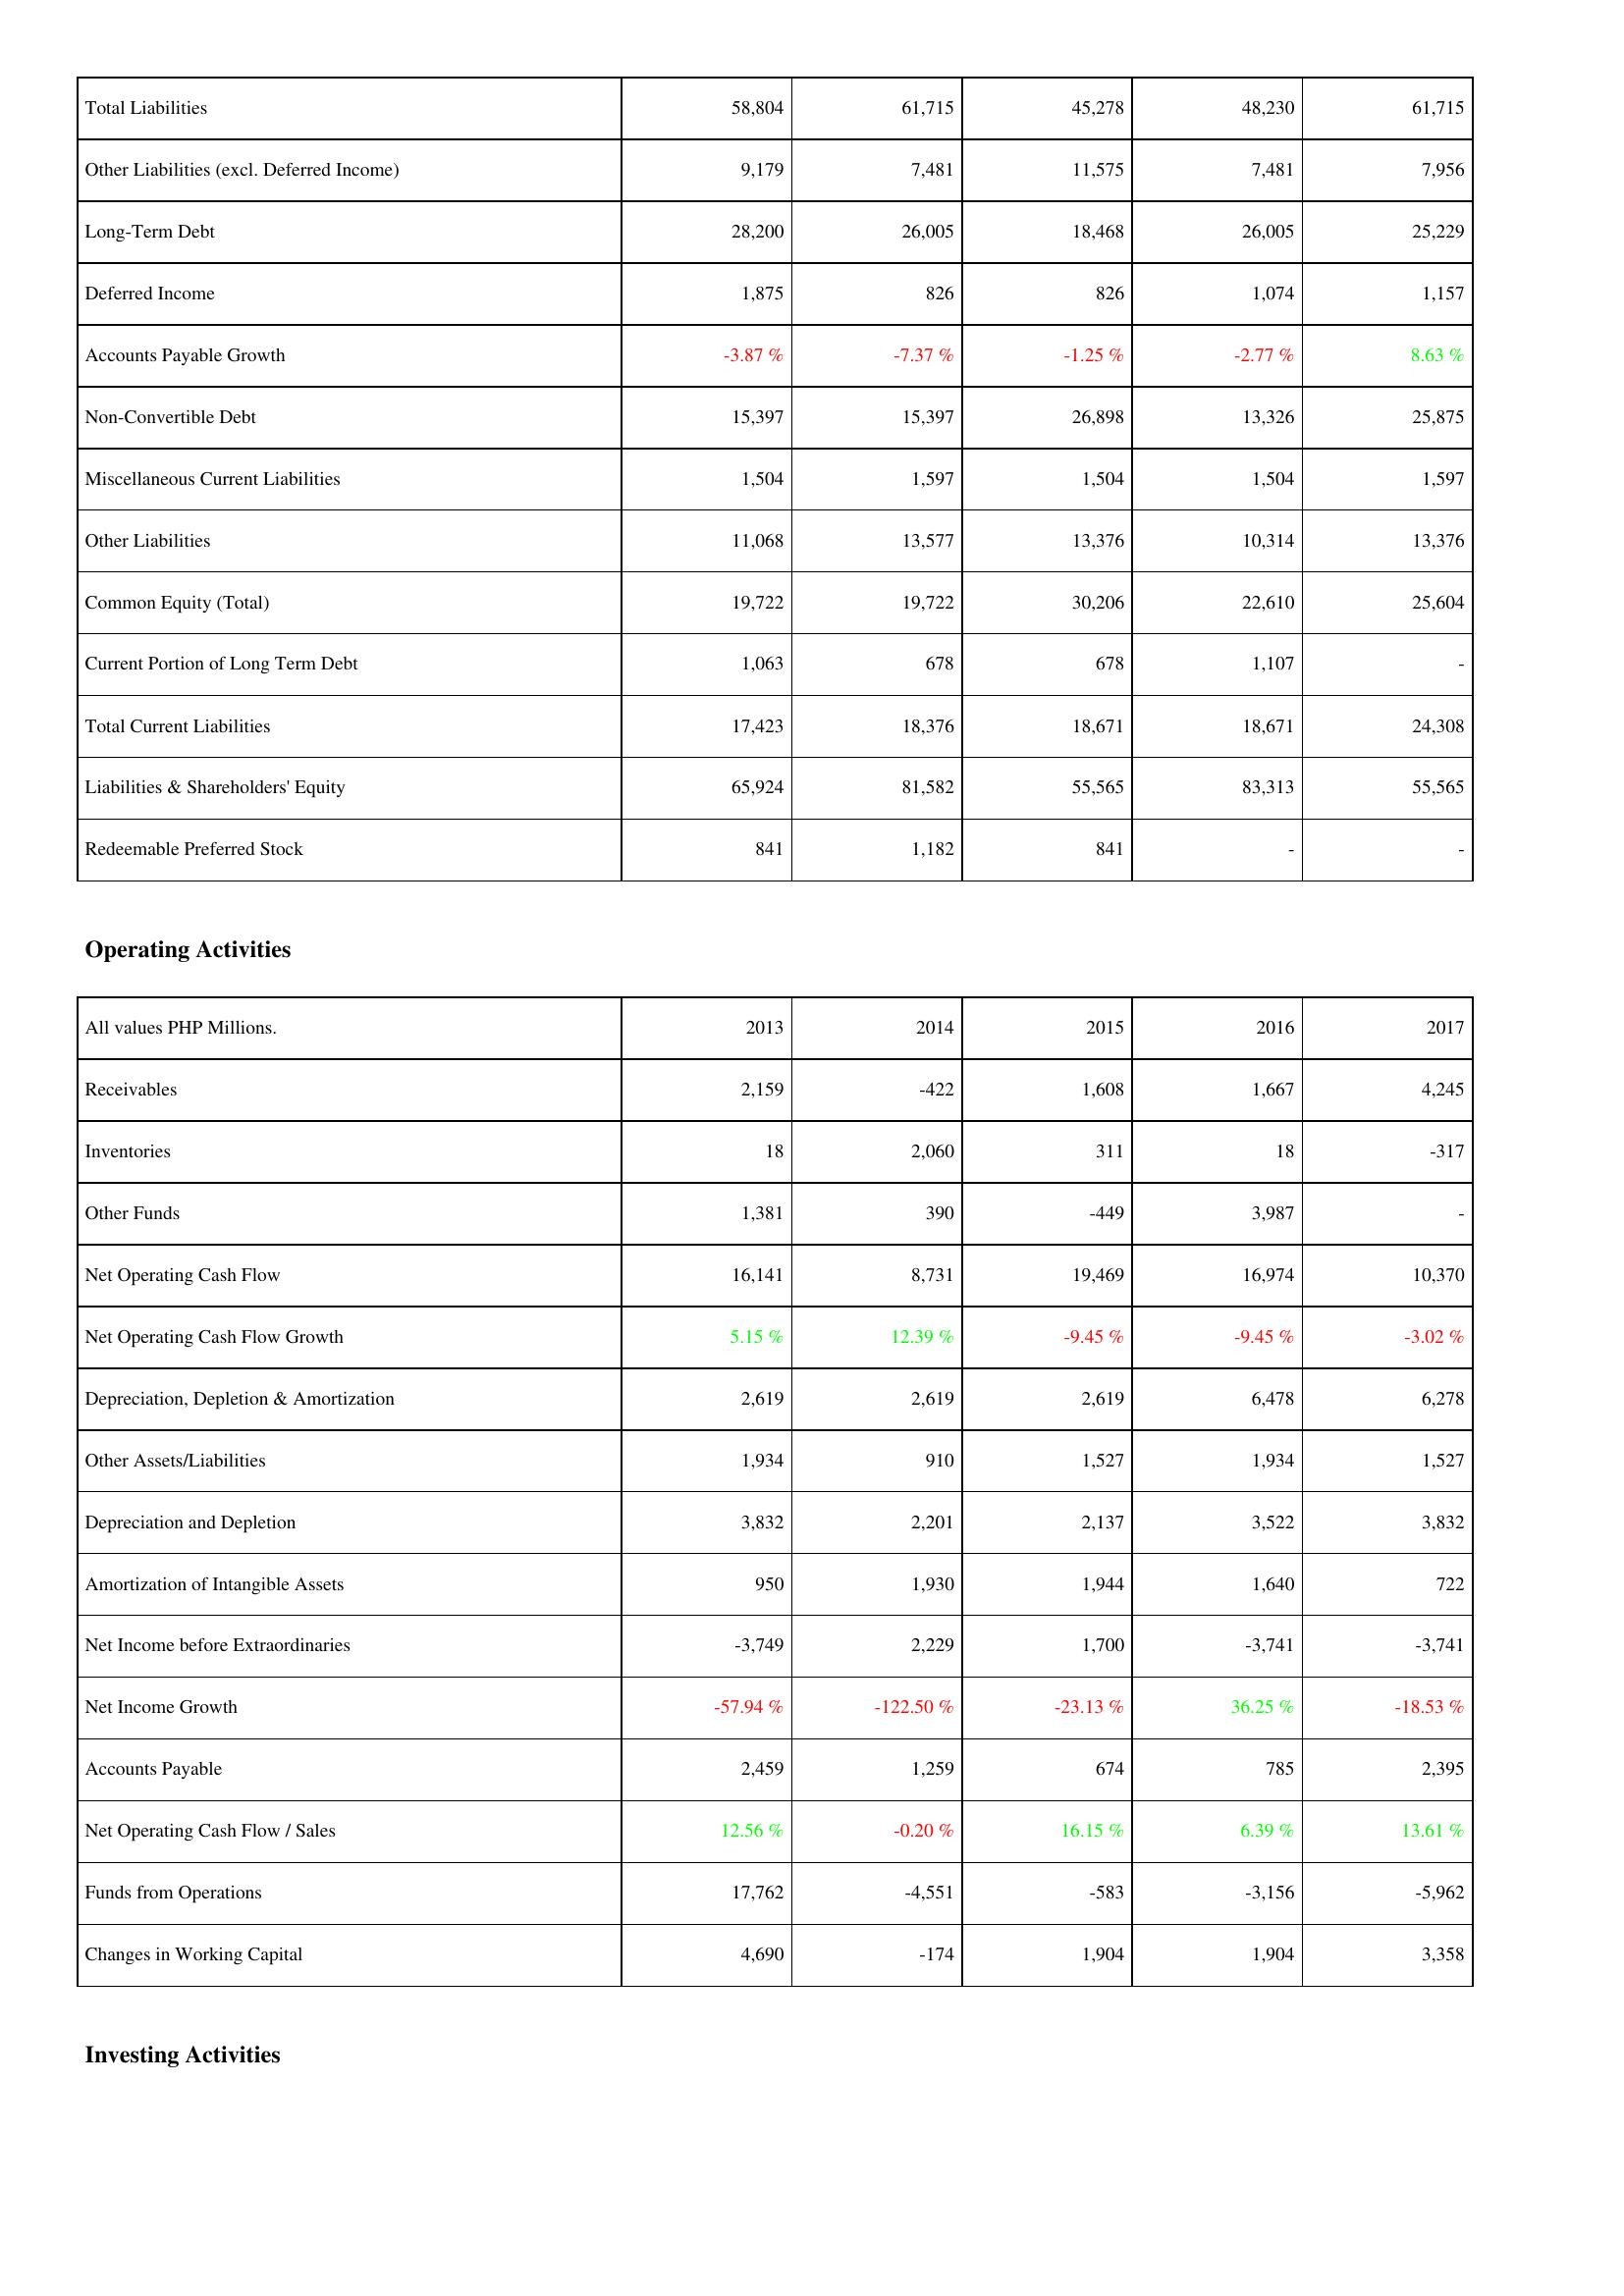
2013: Liabilities & Shareholders' Equity: Total Liabilities: 58,804
Other Liabilities (excl. Deferred Income): 9,179
Long-Term Debt: 28,200
Deferred Income: 1,875
Accounts Payable Growth: -3.87 %
Non-Convertible Debt: 15,397
Miscellaneous Current Liabilities: 1,504
Other Liabilities: 11,068
Common Equity (Total): 19,722
Current Portion of Long Term Debt: 1,063
Total Current Liabilities: 17,423
Liabilities & Shareholders' Equity: 65,924
Redeemable Preferred Stock: 841
Operating Activities: Receivables: 2,159
Inventories: 18
Other Funds: 1,381
Net Operating Cash Flow: 16,141
Net Operating Cash Flow Growth: 5.15 %
Depreciation, Depletion & Amortization: 2,619
Other Assets/Liabilities: 1,934
Depreciation and Depletion: 3,832
Amortization of Intangible Assets: 950
Net Income before Extraordinaries: -3,749
Net Income Growth: -57.94 %
Accounts Payable: 2,459
Net Operating Cash Flow / Sales: 12.56 %
Funds from Operations: 17,762
Changes in Working Capital: 4,690
2014: Liabilities & Shareholders' Equity: Total Liabilities: 61,715
Other Liabilities (excl. Deferred Income): 7,481
Long-Term Debt: 26,005
Deferred Income: 826
Accounts Payable Growth: -7.37 %
Non-Convertible Debt: 15,397
Miscellaneous Current Liabilities: 1,597
Other Liabilities: 13,577
Common Equity (Total): 19,722
Current Portion of Long Term Debt: 678
Total Current Liabilities: 18,376
Liabilities & Shareholders' Equity: 81,582
Redeemable Preferred Stock: 1,182
Operating Activities: Receivables: -422
Inventories: 2,060
Other Funds: 390
Net Operating Cash Flow: 8,731
Net Operating Cash Flow Growth: 12.39 %
Depreciation, Depletion & Amortization: 2,619
Other Assets/Liabilities: 910
Depreciation and Depletion: 2,201
Amortization of Intangible Assets: 1,930
Net Income before Extraordinaries: 2,229
Net Income Growth: -122.50 %
Accounts Payable: 1,259
Net Operating Cash Flow / Sales: -0.20 %
Funds from Operations: -4,551
Changes in Working Capital: -174
2015: Liabilities & Shareholders' Equity: Total Liabilities: 45,278
Other Liabilities (excl. Deferred Income): 11,575
Long-Term Debt: 18,468
Deferred Income: 826
Accounts Payable Growth: -1.25 %
Non-Convertible Debt: 26,898
Miscellaneous Current Liabilities: 1,504
Other Liabilities: 13,376
Common Equity (Total): 30,206
Current Portion of Long Term Debt: 678
Total Current Liabilities: 18,671
Liabilities & Shareholders' Equity: 55,565
Redeemable Preferred Stock: 841
Operating Activities: Receivables: 1,608
Inventories: 311
Other Funds: -449
Net Operating Cash Flow: 19,469
Net Operating Cash Flow Growth: -9.45 %
Depreciation, Depletion & Amortization: 2,619
Other Assets/Liabilities: 1,527
Depreciation and Depletion: 2,137
Amortization of Intangible Assets: 1,944
Net Income before Extraordinaries: 1,700
Net Income Growth: -23.13 %
Accounts Payable: 674
Net Operating Cash Flow / Sales: 16.15 %
Funds from Operations: -583
Changes in Working Capital: 1,904
2016: Liabilities & Shareholders' Equity: Total Liabilities: 48,230
Other Liabilities (excl. Deferred Income): 7,481
Long-Term Debt: 26,005
Deferred Income: 1,074
Accounts Payable Growth: -2.77 %
Non-Convertible Debt: 13,326
Miscellaneous Current Liabilities: 1,504
Other Liabilities: 10,314
Common Equity (Total): 22,610
Current Portion of Long Term Debt: 1,107
Total Current Liabilities: 18,671
Liabilities & Shareholders' Equity: 83,313
Redeemable Preferred Stock: -
Operating Activities: Receivables: 1,667
Inventories: 18
Other Funds: 3,987
Net Operating Cash Flow: 16,974
Net Operating Cash Flow Growth: -9.45 %
Depreciation, Depletion & Amortization: 6,478
Other Assets/Liabilities: 1,934
Depreciation and Depletion: 3,522
Amortization of Intangible Assets: 1,640
Net Income before Extraordinaries: -3,741
Net Income Growth: 36.25 %
Accounts Payable: 785
Net Operating Cash Flow / Sales: 6.39 %
Funds from Operations: -3,156
Changes in Working Capital: 1,904
2017: Liabilities & Shareholders' Equity: Total Liabilities: 61,715
Other Liabilities (excl. Deferred Income): 7,956
Long-Term Debt: 25,229
Deferred Income: 1,157
Accounts Payable Growth: 8.63 %
Non-Convertible Debt: 25,875
Miscellaneous Current Liabilities: 1,597
Other Liabilities: 13,376
Common Equity (Total): 25,604
Current Portion of Long Term Debt: -
Total Current Liabilities: 24,308
Liabilities & Shareholders' Equity: 55,565
Redeemable Preferred Stock: -
Operating Activities: Receivables: 4,245
Inventories: -317
Other Funds: -
Net Operating Cash Flow: 10,370
Net Operating Cash Flow Growth: -3.02 %
Depreciation, Depletion & Amortization: 6,278
Other Assets/Liabilities: 1,527
Depreciation and Depletion: 3,832
Amortization of Intangible Assets: 722
Net Income before Extraordinaries: -3,741
Net Income Growth: -18.53 %
Accounts Payable: 2,395
Net Operating Cash Flow / Sales: 13.61 %
Funds from Operations: -5,962
Changes in Working Capital: 3,358